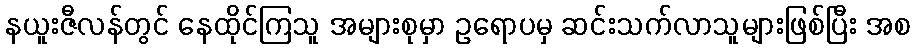
နယူးဇီလန်တွင် နေထိုင်ကြသူ အများစုမှာ ဥရောပမှ ဆင်းသက်လာသူများဖြစ်ပြီး အစ